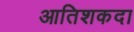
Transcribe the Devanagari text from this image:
आतिशकदा